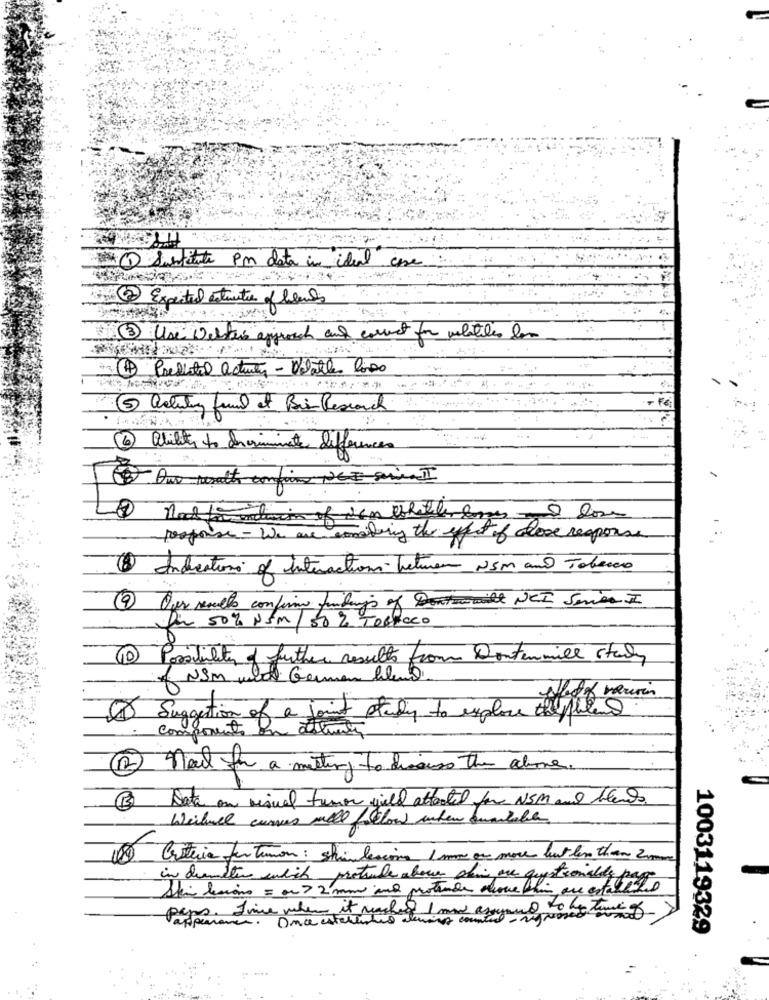
(1) Sunfitte Pm data in ideal case
Expected estrutu of lead
3 Use Destes approach and correct for volatiles los
4 Predictal activity- Velatles Posso
ability to con criminate difference
response - We are considering the effect of close response
8 Indications of interactions betwen_ 25m and Tobacco
9 Our results confirm findungs of Dontsmile NCI Seriea I
Dir 50% N5 M / s0 % Tochoco
11 Possibility of further results from Contenmille staly
of NSM with German blend.
Suggestion of a joint study to explore the rules
Components on
12) noel in a meeting to discuss the above.
3 Date on visual tumor wild attacted for NSM and beans
Weilnel cursus will follow when oumlable
1080 Criteria futuron : shindesing 1 mm ou more but len than 2mm
in deemitir which protube about din que questionably page
Ski lesions = or > 2 mm and protende nuove bli que estall'
seps. Five when it washed I mon aryneed to be
Once este
1003119329